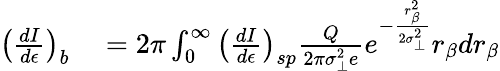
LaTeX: \begin{array}{rl}{\left(\frac{dI}{d\epsilon}\right)_{b}}&{{}=2\pi\int_{0}^{\infty}\left(\frac{dI}{d\epsilon}\right)_{sp}\frac{Q}{2\pi\sigma_{\perp}^{2}e}e^{-\frac{r_{\beta}^{2}}{2\sigma_{\perp}^{2}}}r_{\beta}dr_{\beta}}\end{array}